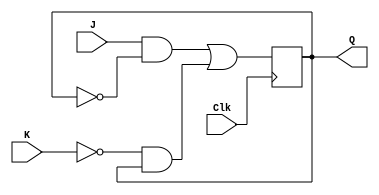
`timescale 1ns / 1ps
//////////////////////////////////////////////////////////////////////////////////
// Company: 
// Engineer: 
// 
// Design Name: 
// Module Name: FF_JK
// Project Name: 
// Target Devices: 
// Tool Versions: 
// Description: 
// 
// Dependencies: 
// 
// Revision:
// Revision 0.01 - File Created
// Additional Comments:
// 
//////////////////////////////////////////////////////////////////////////////////


module FF_JK(Clk, J, K, Q);
    //--Input Ports--  
    input Clk;
    input J;
    input K;
    
    //--Output Ports--  
    output reg Q;
    
    //--Internal Variables--
    wire D;
        
    assign D=((J&~Q) | (~K&Q));
        
    always @ (posedge Clk)
        Q=D;


endmodule